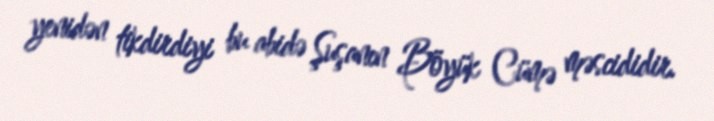
yenidən tikdirdiyi bu abidə Şuşanın Böyük Cümə məscididir.